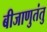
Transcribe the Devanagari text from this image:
बीजाणुतंतु